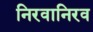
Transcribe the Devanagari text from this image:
निरवानिरव